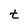
Character: t